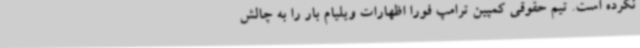
نکرده است. تیم حقوقی کمپین ترامپ فورا اظهارات ویلیام بار را به چالش